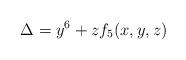
LaTeX: \begin{align*} \Delta=y^6+zf_5(x,y,z)\end{align*}